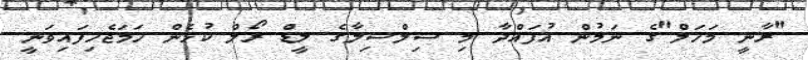
"ރާނީ މަހަލް"ގެ ނަމުން އުފައްދާ މި ސިލްސިލާގެ ލީޑް ރޯލް ކުޅެން ހަމަޖެހިފައިވަނީ